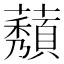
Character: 𬟒